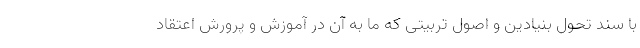
با سند تحول بنیادین و اصول تربیتی که ما به آن در آموزش و پرورش اعتقاد